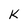
Character: k